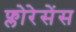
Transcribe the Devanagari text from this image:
फ्लोरेसेंस